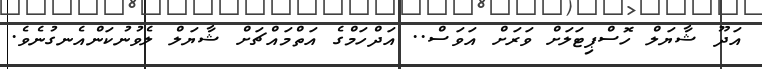
އަދޫ ޝާޔަލް ހޮސްޕިޓަލަށް ވަރަށް އަވަސް.. އަދްހަމްގެ އަތްމައްޗަށް ޝާޔަލް ލެވުނުކަންއެނގުނެވެ.